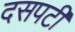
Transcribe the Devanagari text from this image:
दसपटी